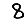
Digit: 8